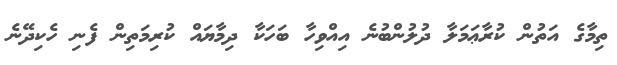
ތިމާގެ އަތުން ކުރާޢަމަލާ ދުލުންބުނެ އިއްވިހާ ބަހަކާ ދިމާޔައް ކުރިމަތިން ފެނި ހެކިދޭނެ